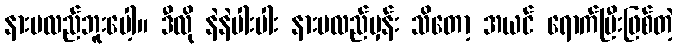
နားမလည်ဘူးပေါ့။ ဒီလို နဲနဲပါးပါး နားမလည်မှန်း သိတော့ အယင် ရောက်ပြီးဖြစ်တဲ့